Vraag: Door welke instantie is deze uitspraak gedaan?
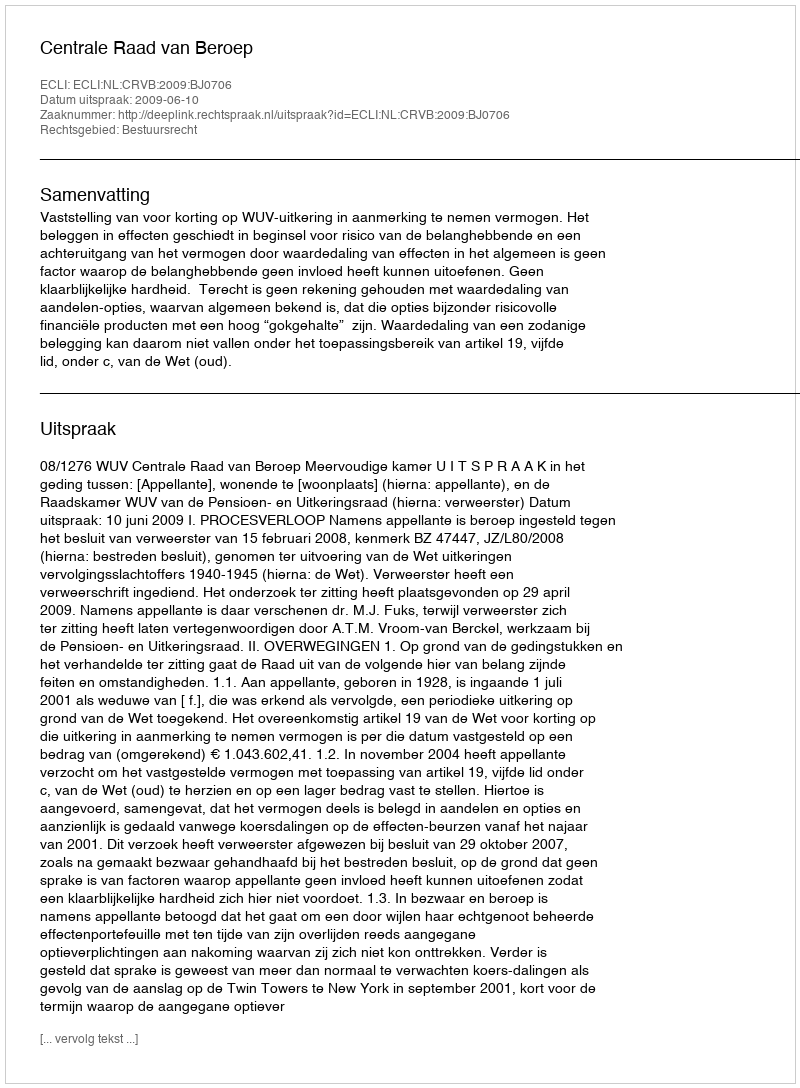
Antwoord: Centrale Raad van Beroep